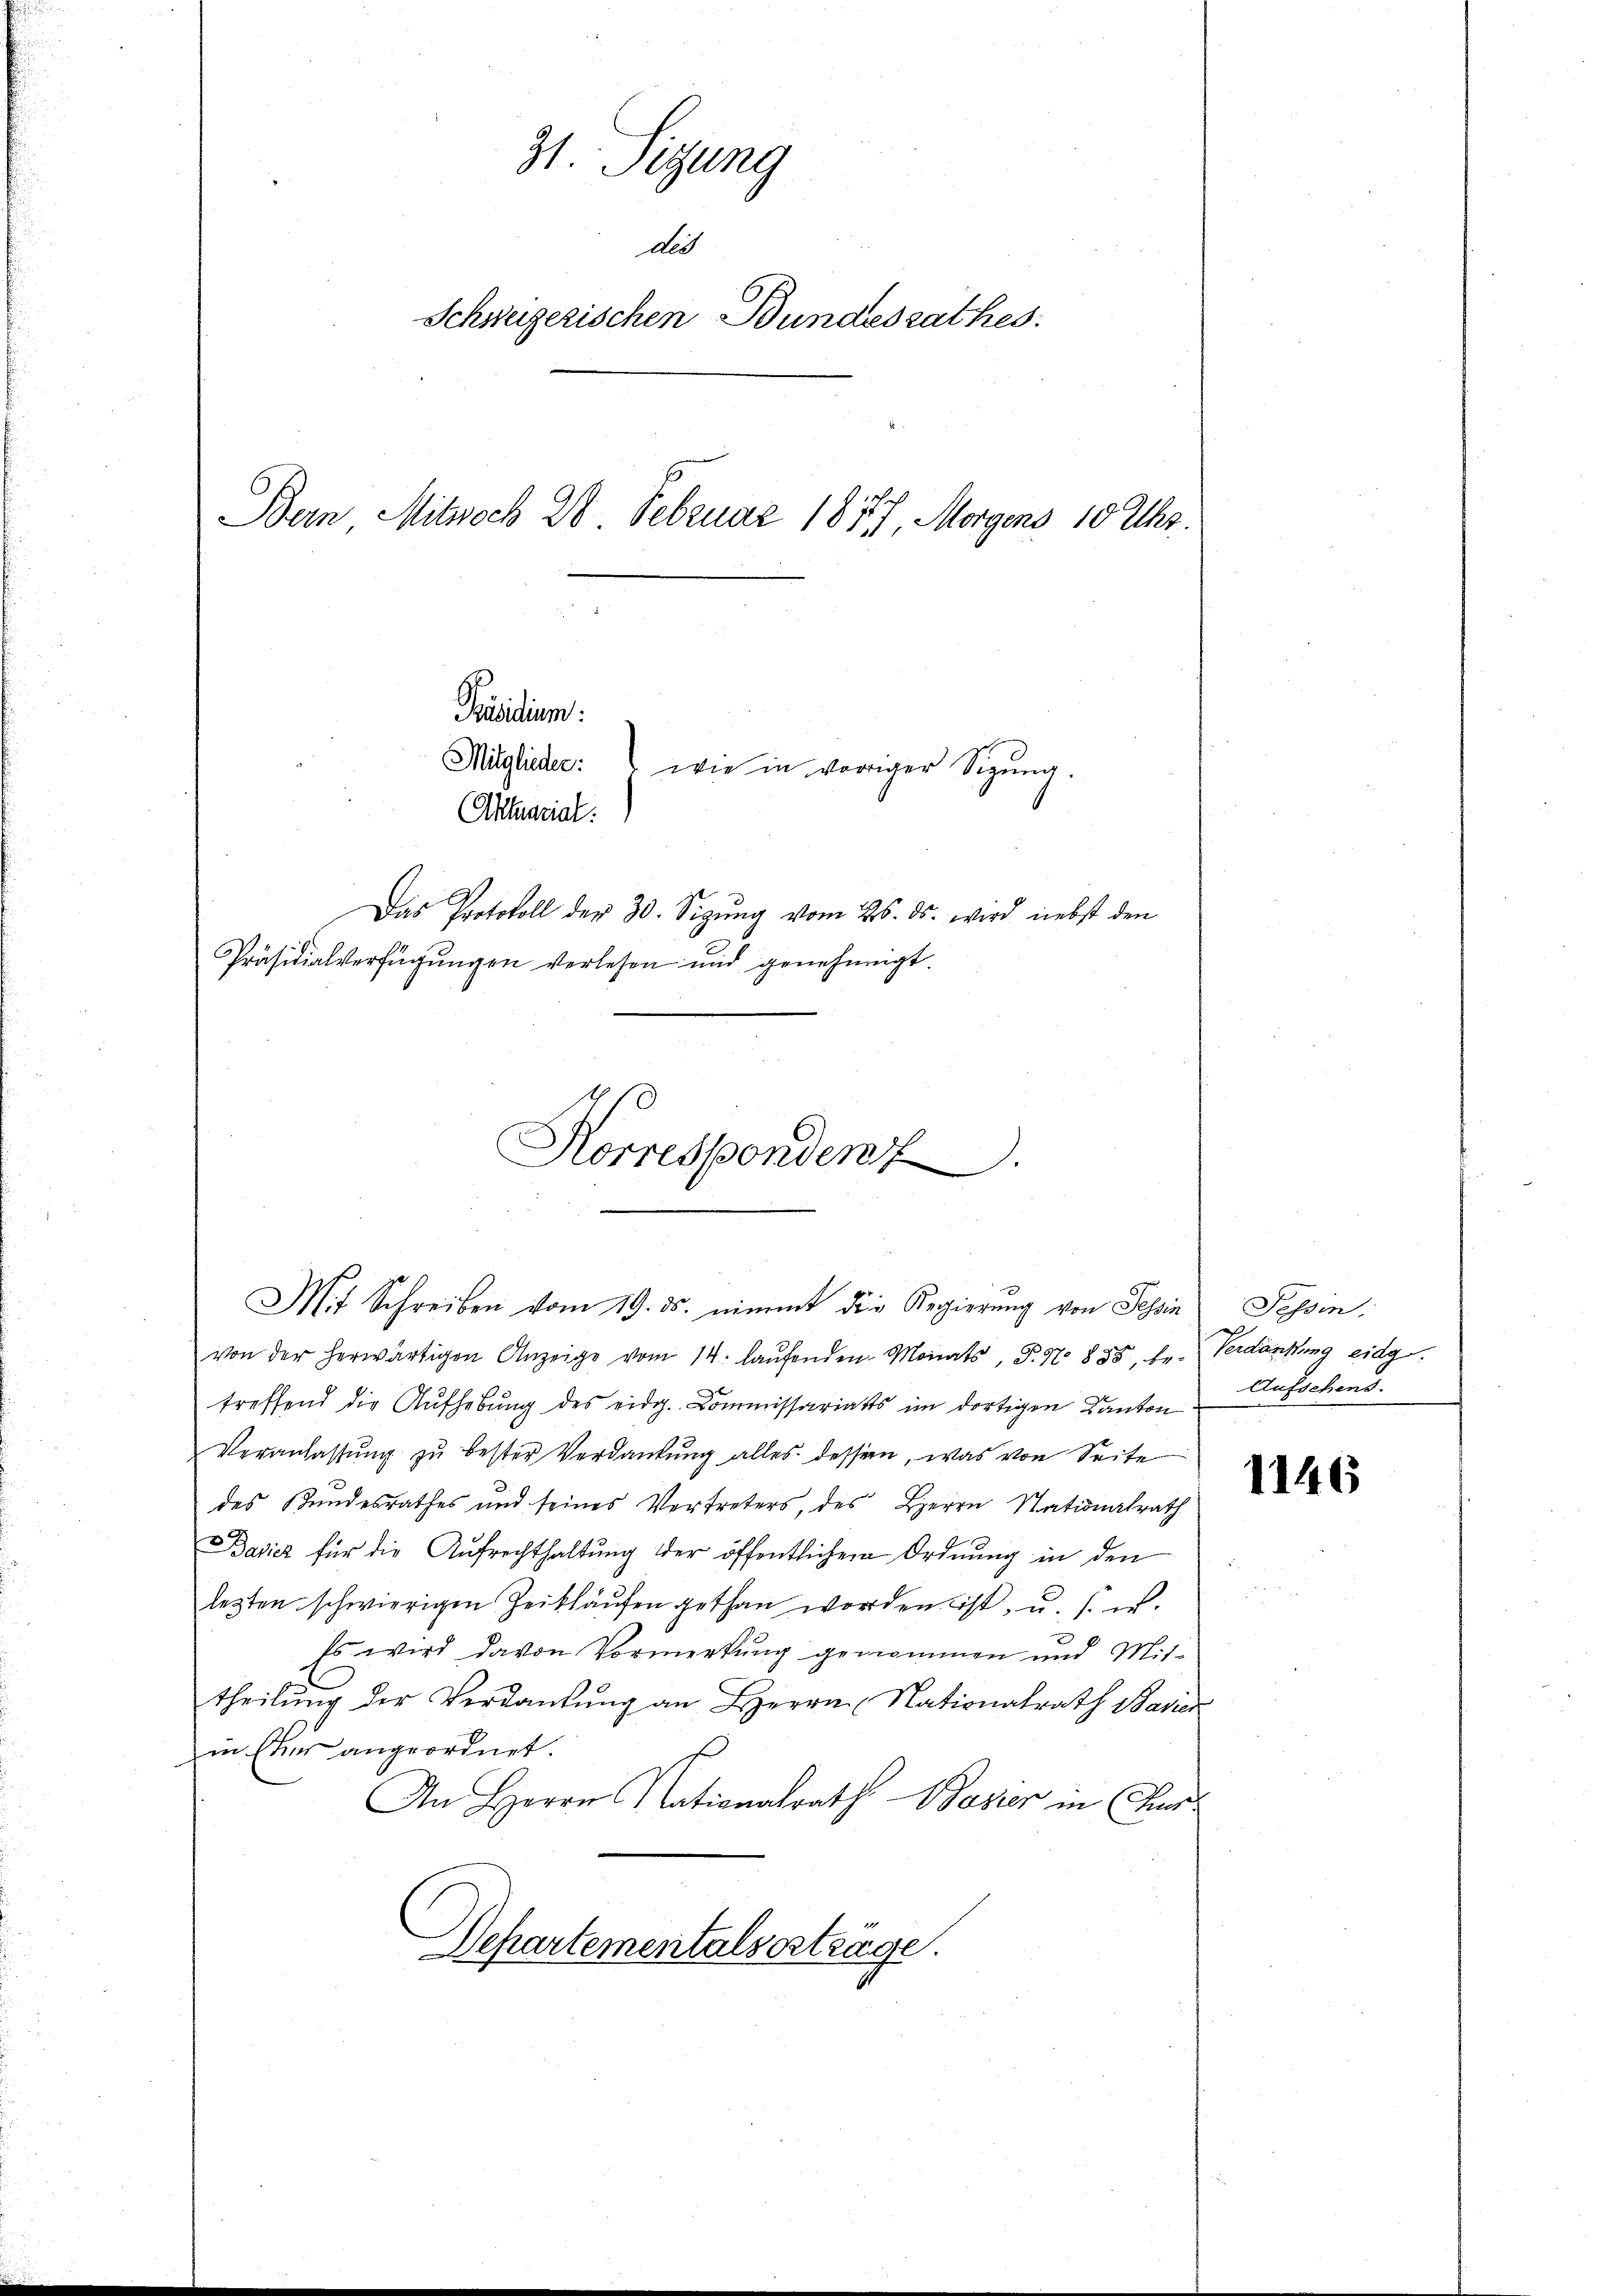
31. Sitzung
di
Schweizerischen Bundesrathes:
Bein Mitwoch 20 Februar 1877 Morgens 10 Uhr.

wie in voriger Sigŭng.
Das Protokoll der 30. Seizŭng vom 26. ds. wird nebst den
Präsidialverfügungen verlesen und genehmigt.

Präsidium.
Mitglieder:
Aktuarial.

Korresponden.

von der herwärtigen Anzeige vom 14. laŭfenden Monats, P. Nr. 855, be- Verdankung eidg.
d
treffend die Aufhebung des eidg. Commissariats im dortigen Kanton
Veranlassŭng zŭ bester Verdankŭng alles dessen, was von Seite
des Bundesrathes und seines Vertreters, des Herrn Stationalrath
Bavier für die Aŭfrechthaltŭng der öffentlichen Ordnung in den
lezten schwierigen Zeitläufen gethan worden ist, u. s. w.
Es wird davon Vormerkung genommen und Mittheilung der Verdankŭng an Herrn Nationalrath Basier
in Euer angeordnet.
An Herrn Nationalrath Basier in Cur¬
Departementalserträge.

Mit Schreiben vom 19. ds. nimmt die Regierung von Tessin Passin,

Aufschens.

1146